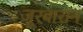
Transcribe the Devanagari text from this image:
जूरबारान